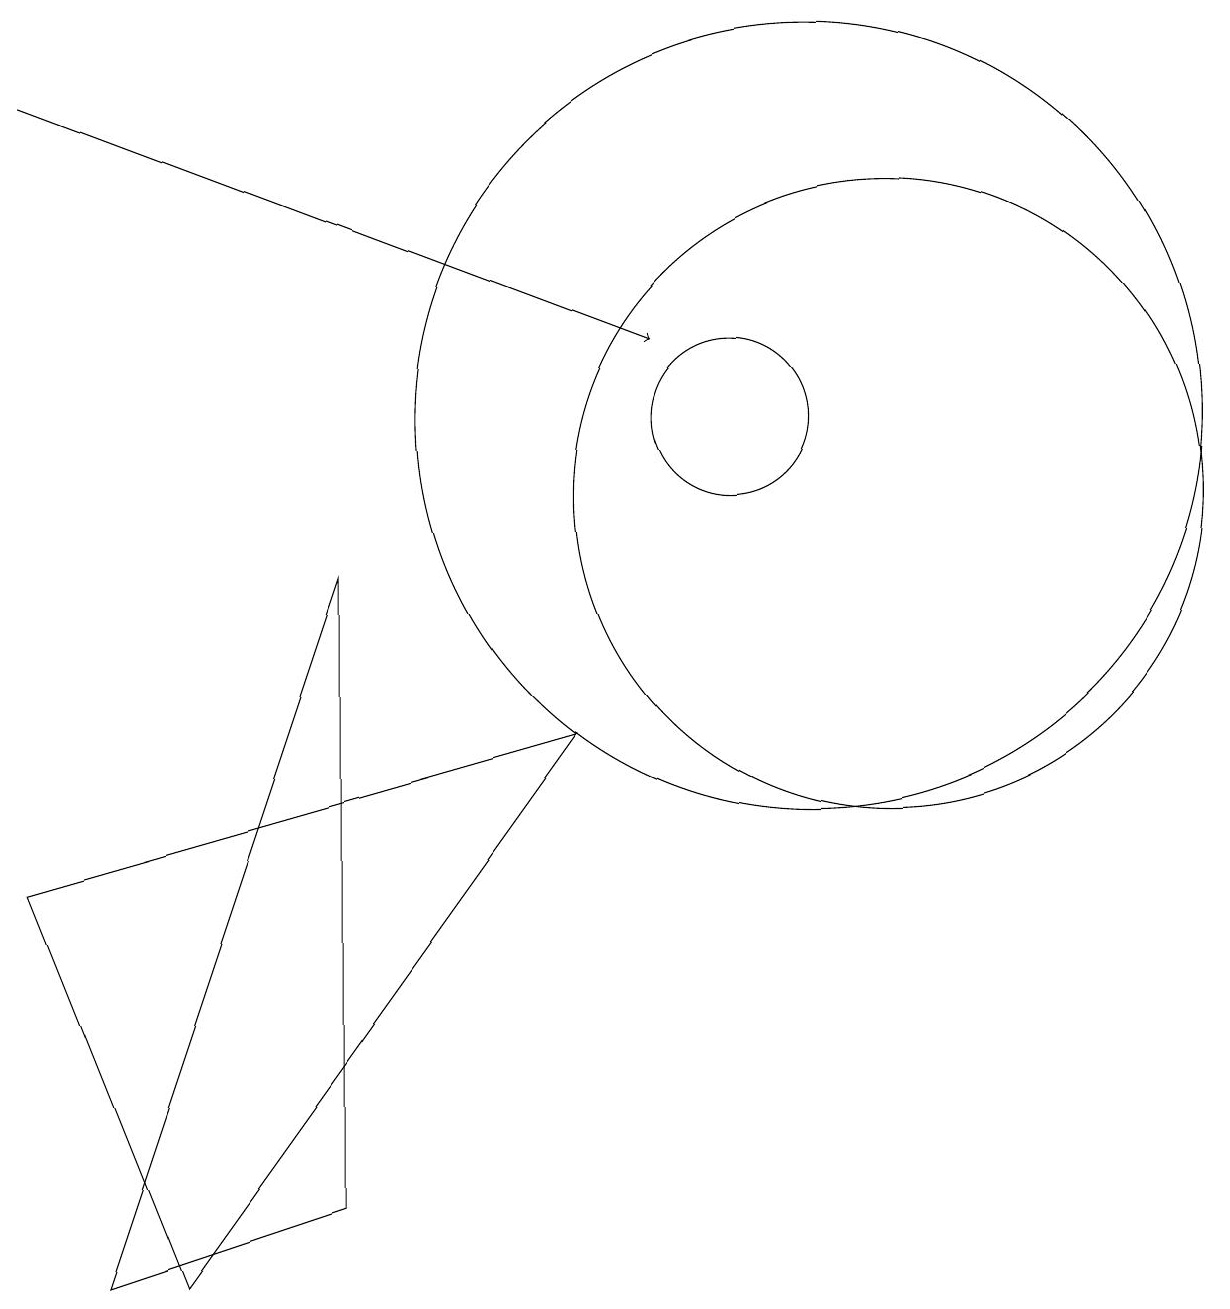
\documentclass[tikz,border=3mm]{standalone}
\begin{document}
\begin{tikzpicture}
\draw (12,10) circle (4);
\draw (8,7) -- (3,0) -- (1,5) -- cycle;
\draw (10,11) circle (1);
\draw (11,11) circle (5);
\draw (5,9) -- (2,0) -- (5,1) -- cycle;
\draw[->] (1,15) -- (9,12);
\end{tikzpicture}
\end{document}